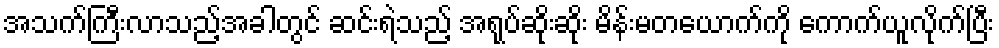
အသက်ကြီးလာသည့်အခါတွင် ဆင်းရဲသည့် အရုပ်ဆိုးဆိုး မိန်းမတယောက်ကို ကောက်ယူလိုက်ပြီး